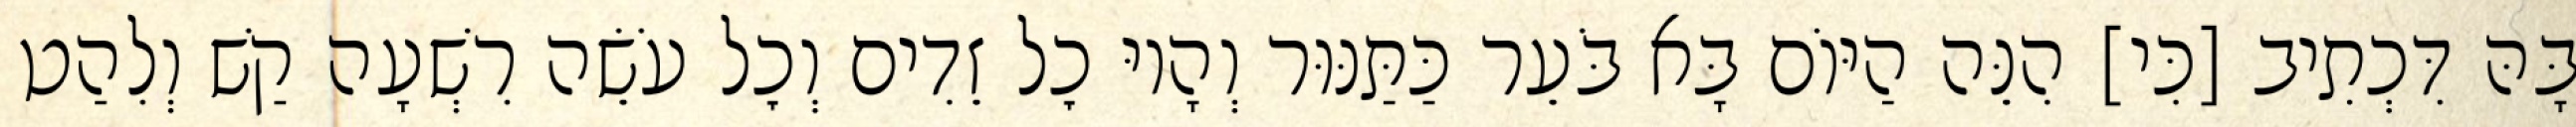
בָּהּ דִּכְתִיב [כִּי] הִנֵּה הַיּוֹם בָּא בֹּעֵר כַּתַּנּוּר וְהָיוּ כׇל זֵדִים וְכׇל עֹשֵׂה רִשְׁעָה קַשׁ וְלִהַט